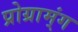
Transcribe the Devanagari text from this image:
प्रोग्राम्ंग